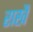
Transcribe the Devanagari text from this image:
राखै